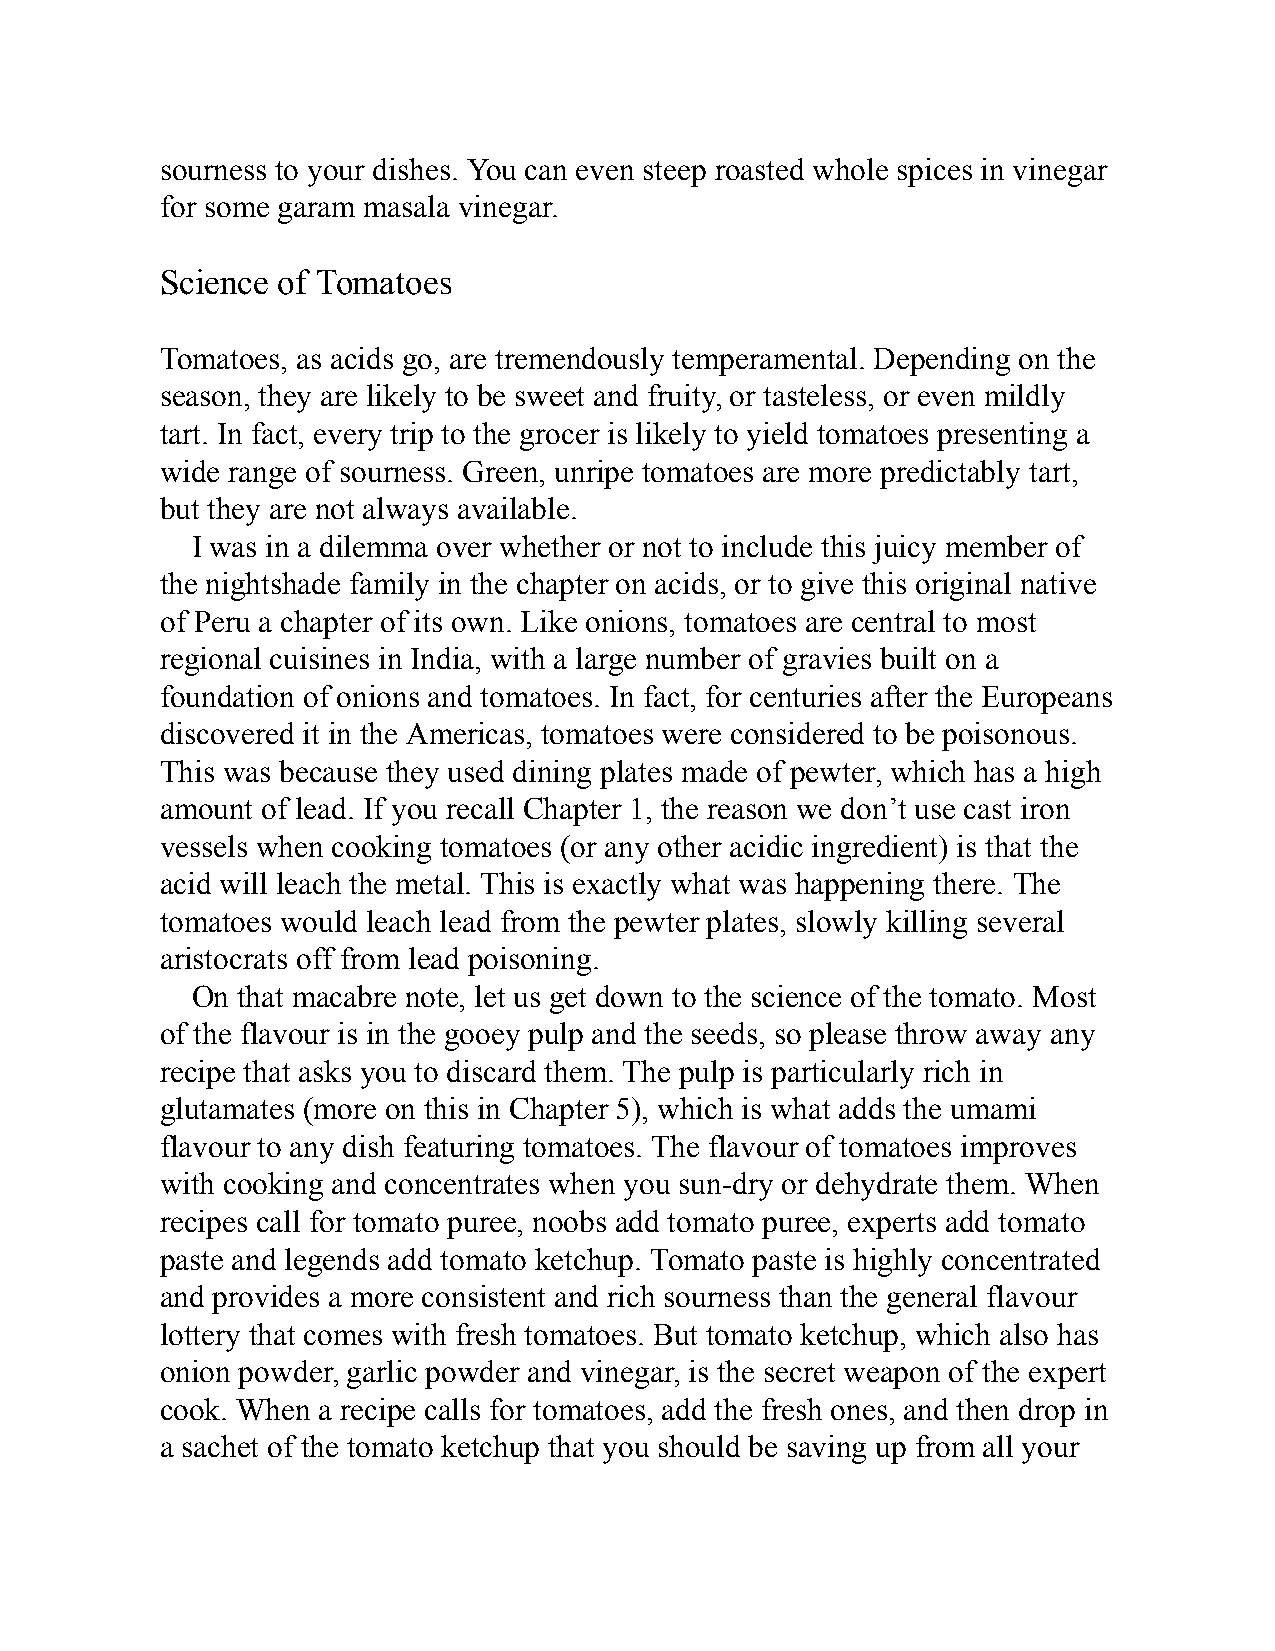
sourness to your dishes. You can even steep roasted whole spices in vinegar
 for some garam masala vinegar.
 Science of Tomatoes
 Tomatoes, as acids go, are tremendously temperamental. Depending on the
 season, they are likely to be sweet and fruity, or tasteless, or even mildly
 tart. In fact, every trip to the grocer is likely to yield tomatoes presenting a
 wide range of sourness. Green, unripe tomatoes are more predictably tart,
 but they are not always available.
 I was in a dilemma over whether or not to include this juicy member of
 the nightshade family in the chapter on acids, or to give this original native
 of Peru a chapter of its own. Like onions, tomatoes are central to most
 regional cuisines in India, with a large number of gravies built on a
 foundation of onions and tomatoes. In fact, for centuries after the Europeans
 discovered it in the Americas, tomatoes were considered to be poisonous.
 This was because they used dining plates made of pewter, which has a high
 amount of lead. If you recall Chapter 1, the reason we don’t use cast iron
 vessels when cooking tomatoes (or any other acidic ingredient) is that the
 acid will leach the metal. This is exactly what was happening there. The
 tomatoes would leach lead from the pewter plates, slowly killing several
 aristocrats off from lead poisoning.
 On that macabre note, let us get down to the science of the tomato. Most
 of the flavour is in the gooey pulp and the seeds, so please throw away any
 recipe that asks you to discard them. The pulp is particularly rich in
 glutamates (more on this in Chapter 5), which is what adds the umami
 flavour to any dish featuring tomatoes. The flavour of tomatoes improves
 with cooking and concentrates when you sun-dry or dehydrate them. When
 recipes call for tomato puree, noobs add tomato puree, experts add tomato
 paste and legends add tomato ketchup. Tomato paste is highly concentrated
 and provides a more consistent and rich sourness than the general flavour
 lottery that comes with fresh tomatoes. But tomato ketchup, which also has
 onion powder, garlic powder and vinegar, is the secret weapon of the expert
 cook. When a recipe calls for tomatoes, add the fresh ones, and then drop in
 a sachet of the tomato ketchup that you should be saving up from all your